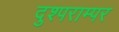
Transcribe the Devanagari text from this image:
दुश्पराम्पर